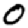
Digit: 0